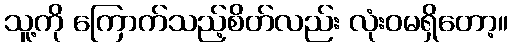
သူ့ကို ကြောက်သည့်စိတ်လည်း လုံးဝမရှိတော့။